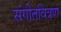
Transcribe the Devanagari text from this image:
संगीतवित्रण